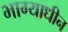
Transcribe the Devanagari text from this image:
भाग्याधीन